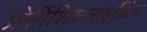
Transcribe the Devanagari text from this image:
प्रोविंशियलाइज़िंग